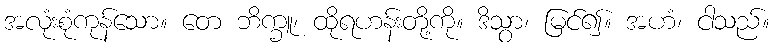
အလုံးစုံကုန်သော။ တေ ဘိက္ခူ၊ ထိုရဟန်းတို့ကို။ ဒိသွာ၊ မြင်၍။ အဟံ၊ ငါသည်။